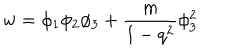
w = \phi _ { 1 } \phi _ { 2 } \phi _ { 3 } + \frac { m } { 1 - q ^ { 2 } } \phi _ { 3 } ^ { 2 }